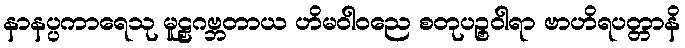
နာနပ္ပကာရေသု မူဠှဂဗ္ဘတာယ ဟိမဝါဝညေ စတုပဉ္စဝါရာ ဗာဟိရပတ္တာနိ